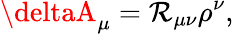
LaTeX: \deltaA_{\mu}=\mathcal{R}_{\mu\nu}\rho^{\nu},